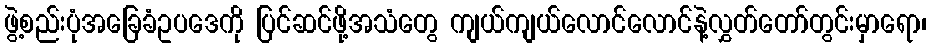
ဖွဲ့စည်းပုံအခြေခံဥပဒေကို ပြင်ဆင်ဖို့အသံတွေ ကျယ်ကျယ်လောင်လောင်နဲ့လွှတ်တော်တွင်းမှာရော၊